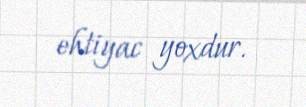
ehtiyac yoxdur.